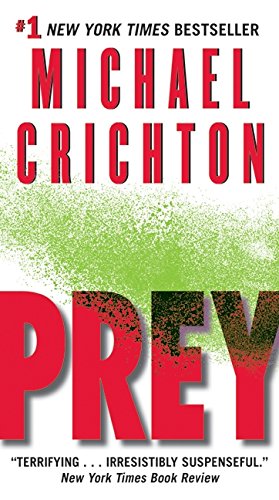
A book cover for Prey; Michael Crichton; Mystery, Thriller & Suspense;